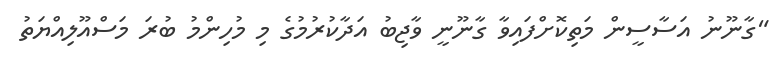
"ގާނޫނު އަސާސީން މަތިކޮށްފައިވާ ގާނޫނީ ވާޖިބު އަދާކުރުމުގެ މި މުހިންމު ބުރަ މަސްއޫލިއްޔަތު